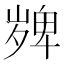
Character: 𭐼